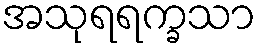
အသုရရက္ခသာ